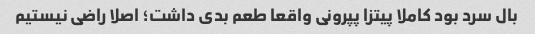
بال سرد بود کاملا پیتزا پپرونی واقعا طعم بدی داشت؛ اصلا راضی نیستیم